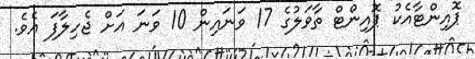
ޕޮއިންޓާއެކު ޕޮއިންޓް ތާވަލުގެ 17 ވަނައިން 10 ވަނަ އަށް ޖެހިލާފަ އެވެ.